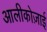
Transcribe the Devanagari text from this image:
आलीकोज़ाई